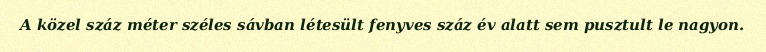
A közel száz méter széles sávban létesült fenyves száz év alatt sem pusztult le nagyon.